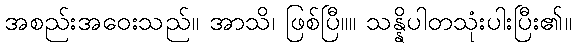
အစည်းအဝေးသည်။ အာသိ၊ ဖြစ်ပြီ။။ သန္နိပါတသုံးပါးပြီး၏။